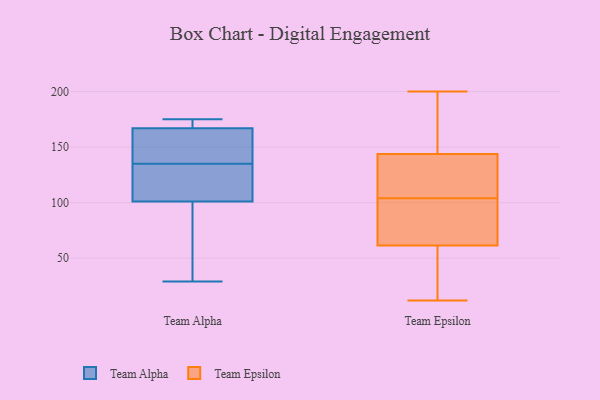
{"axis": {"x": "Operating Costs (USD K)", "y": "Value"}, "legend": ["Team Alpha", "Team Epsilon"], "data": [{"x": "", "y": 144, "type": "Team Alpha"}, {"x": "", "y": 122, "type": "Team Alpha"}, {"x": "", "y": 150, "type": "Team Alpha"}, {"x": "", "y": 170, "type": "Team Alpha"}, {"x": "", "y": 39, "type": "Team Alpha"}, {"x": "", "y": 29, "type": "Team Alpha"}, {"x": "", "y": 175, "type": "Team Alpha"}, {"x": "", "y": 126, "type": "Team Alpha"}, {"x": "", "y": 164, "type": "Team Alpha"}, {"x": "", "y": 97, "type": "Team Alpha"}, {"x": "", "y": 105, "type": "Team Alpha"}, {"x": "", "y": 172, "type": "Team Alpha"}, {"x": "", "y": 104, "type": "Team Epsilon"}, {"x": "", "y": 74, "type": "Team Epsilon"}, {"x": "", "y": 19, "type": "Team Epsilon"}, {"x": "", "y": 120, "type": "Team Epsilon"}, {"x": "", "y": 70, "type": "Team Epsilon"}, {"x": "", "y": 140, "type": "Team Epsilon"}, {"x": "", "y": 36, "type": "Team Epsilon"}, {"x": "", "y": 198, "type": "Team Epsilon"}, {"x": "", "y": 72, "type": "Team Epsilon"}, {"x": "", "y": 12, "type": "Team Epsilon"}, {"x": "", "y": 155, "type": "Team Epsilon"}, {"x": "", "y": 200, "type": "Team Epsilon"}, {"x": "", "y": 111, "type": "Team Epsilon"}]}